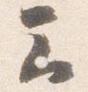
云